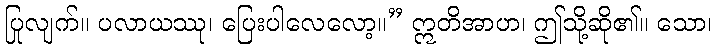
ပြုလျက်။ ပလာယဿု၊ ပြေးပါလေလော့။” ဣတိအာဟ၊ ဤသို့ဆို၏။ သော၊